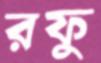
রফু